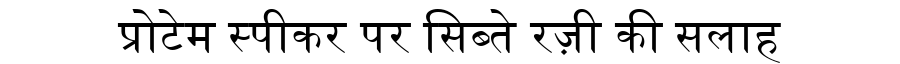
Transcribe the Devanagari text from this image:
प्रोटेम स्पीकर पर सिब्ते रज़ी की सलाह